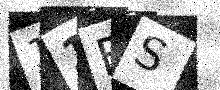
Text: 11ES